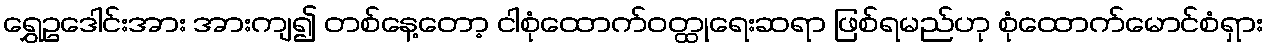
ရွှေဥဒေါင်းအား အားကျ၍ တစ်နေ့တော့ ငါစုံထောက်ဝတ္ထုရေးဆရာ ဖြစ်ရမည်ဟု စုံထောက်မောင်စံရှား